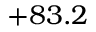
+ 8 3 . 2